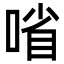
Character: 㗂